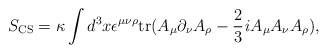
\begin{align*} S_{\rm CS} = \kappa \int d^3 x \/ \epsilon^{\mu \nu \rho} {\rm tr}(A_{\mu}\partial_{\nu}A_{\rho} - \frac{2}{3}{\it i} A_{\mu}A_{\nu}A_{\rho}),\end{align*}